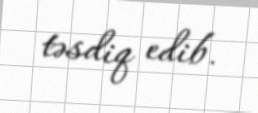
təsdiq edib.